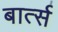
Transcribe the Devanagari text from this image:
बार्त्स